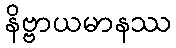
နိဗ္ဗာယမာနဿ